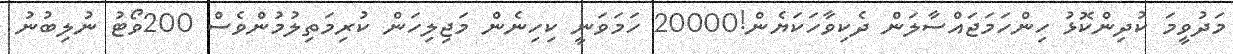
މަދުވީމަ ކުދިންކޮޅު ހިންހަމަޖައްސާލަން ދެކިވާހަކަޔެން!20000 ހަމަވަނީ ކިހިނެން މަޖިލިހަން ކުރިމަތިލުމުންވެސް 200ވޯޓު ނުލިބުނު